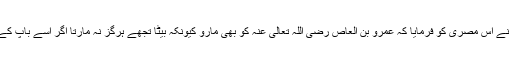
آپ رضی اللہ تعالیٰ عنہ نے اس مصری کو فرمایا کہ عمرو بن العاص رضی اللہ تعالیٰ عنہ کو بھی مارو کیونکہ بیٹا تجھے ہرگز نہ مارتا اگر اسے باپ کے اقتدار کا گھمنڈ نہ ہوتا۔